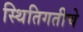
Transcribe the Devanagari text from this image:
स्थितिगतीचे